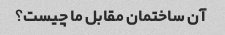
آن ساختمان مقابل ما چیست؟